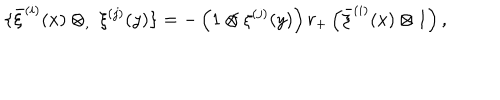
\{ \bar { \xi } ^ { ( i ) } ( x ) \otimes _ { , } \ \xi ^ { ( j ) } ( y ) \} = - \left( 1 \otimes \xi ^ { ( j ) } ( y ) \right) r _ { + } \left( \bar { \xi } ^ { ( i ) } ( x ) \otimes 1 \right) ,